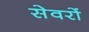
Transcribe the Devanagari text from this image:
सेवरों